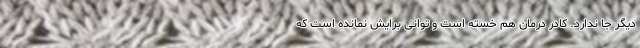
دیگر جا ندارد. کادر درمان هم خسته است و توانی برایش نمانده است که